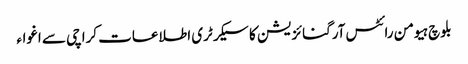
بلوچ ہیومن رائٹس آرگنائزیشن کا سیکرٹری اطلاعات کراچی سے اغواء